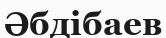
Әбдібаев